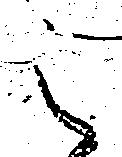
之